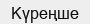
Күреңше